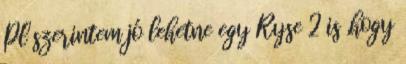
Pl szerintem jó lehetne egy Ryse 2 is ,hogy